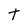
Character: t